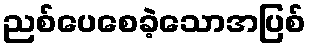
ညစ်ပေစေခဲ့သောအပြစ်